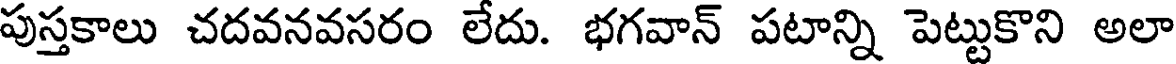
పుస్తకాలు చదవనవసరం లేదు. భగవాన్ పటాన్ని పెట్టుకొని అలా